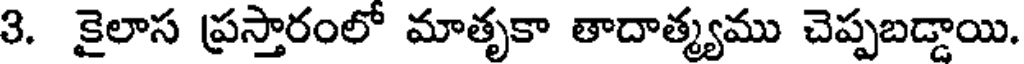
3. కైలాస ప్రస్తారంలో మాతృకా తాదాత్మ్యము చెప్పబడ్డాయి.